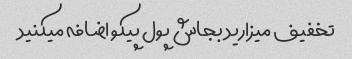
تخفیف میزارید بجاش پول پیکو اضافه میکنید